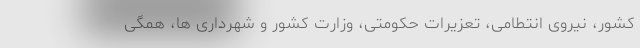
کشور، نیروی انتطامی، تعزیرات حکومتی، وزارت کشور و شهرداری ها، همگی